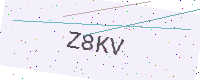
Text: Z8KV